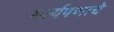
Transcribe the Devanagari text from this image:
मर्त्यपणाचे